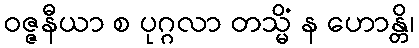
ဝဇ္ဇနီယာ စ ပုဂ္ဂလာ တသ္မိံ န ဟောန္တိ၊